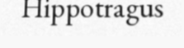
Hippotragus